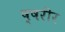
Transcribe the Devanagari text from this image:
ष्षरीर